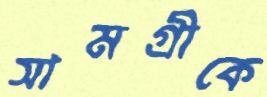
সামগ্রীকে